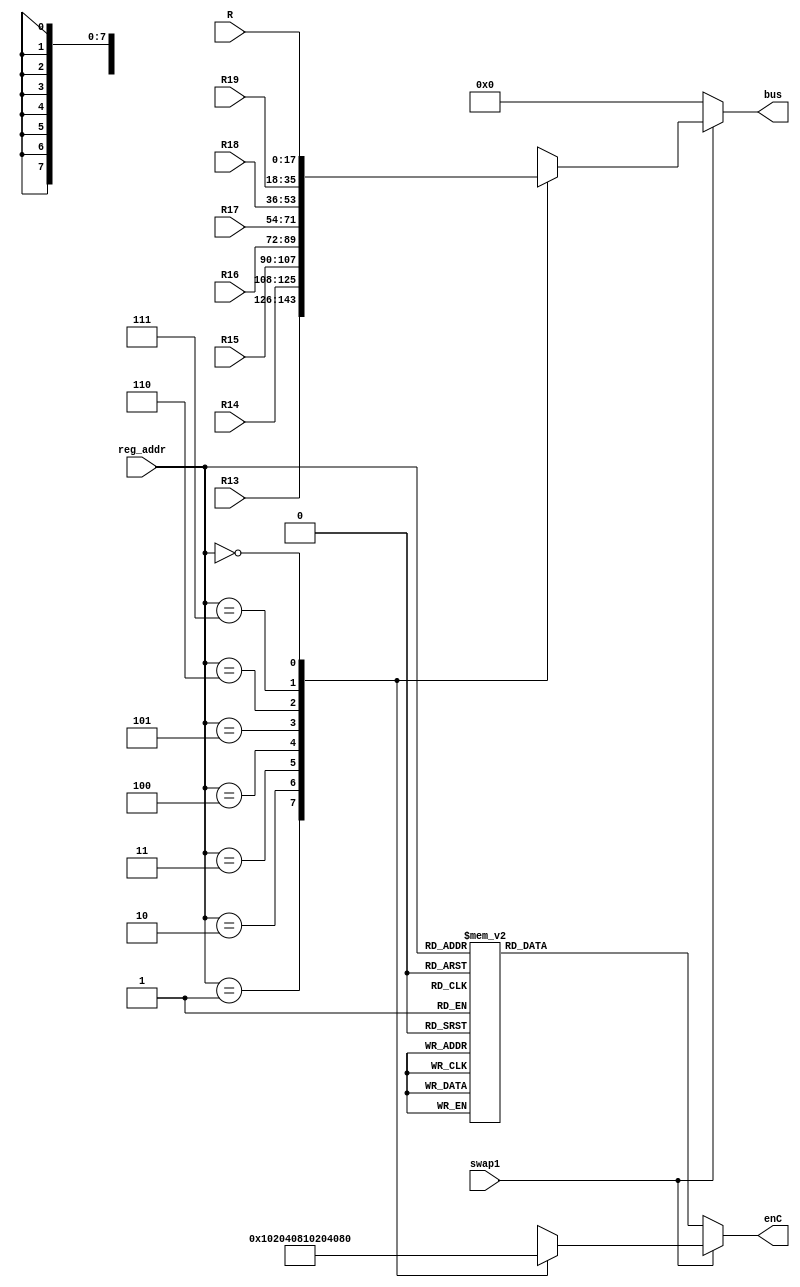
`timescale 1ns / 1ps
//////////////////////////////////////////////////////////////////////////////////
// Company: 
// Engineer: 
// 
// Design Name: 
// Module Name:    RegCcontroller 
// Project Name: 
// Target Devices: 
// Tool versions: 
// Description: 
//
// Dependencies: 
//
// Revision: 
// Revision 0.01 - File Created
// Additional Comments: 
//
//////////////////////////////////////////////////////////////////////////////////
module RegCcontroller(R13,R14,R15,R16,R17,R18,R19,R,swap1,reg_addr,bus,enC
    );
 input [17:0] R13,R14,R15,R16,R17,R18,R19,R;
 input swap1;
 input [2:0] reg_addr; 
 output reg [17:0] bus;
 output reg [7:0] enC;
 
 always @ (R13 or R14 or R15 or R16 or R17 or R18 or R19 or R or swap1 or reg_addr)
  if (swap1)
   case(reg_addr)
	3'd1: begin bus<=R13; enC<=8'b1; end
	3'd2: begin bus<=R14; enC<=8'b10; end
	3'd3: begin bus<=R15; enC<=8'b100; end
	3'd4: begin bus<=R16; enC<=8'b1000; end
	3'd5: begin bus<=R17; enC<=8'b10000; end
	3'd6: begin bus<=R18; enC<=8'b100000; end
	3'd7: begin bus<=R19; enC<=8'b1000000; end
	3'd0: begin bus<=R; enC<=8'b10000000; end
	default begin bus<=8'b0; enC<=8'b0; end
	endcase
  else begin
   bus<=8'b0;
	case(reg_addr)
	3'd1: enC<=8'b1;
	3'd2: enC<=8'b10;
	3'd3: enC<=8'b100; 
	3'd4: enC<=8'b1000; 
	3'd5: enC<=8'b10000; 
	3'd6: enC<=8'b100000; 
	3'd7: enC<=8'b1000000; 
	3'd0: enC<=8'b10000000; 
	default enC<=8'b0; 
	endcase
  end
endmodule